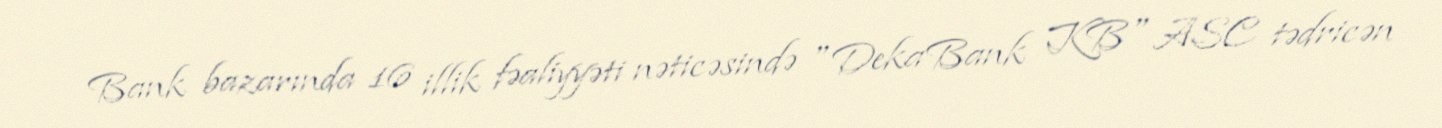
Bank bazarında 16 illik fəaliyyəti nəticəsində "DekaBank KB" ASC tədricən